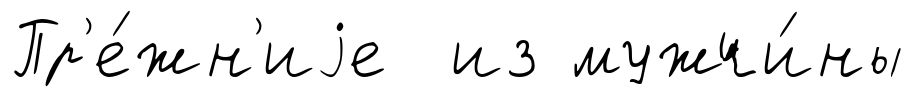
Пр'е́жн'иjе из мужчи́ны